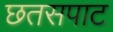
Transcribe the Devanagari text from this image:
छतसपाट